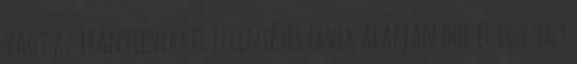
vagy az irányelvekkel ellentétes érvek alapján dől el egy-egy